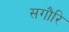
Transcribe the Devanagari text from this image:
सगौरि